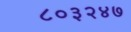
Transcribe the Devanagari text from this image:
८०३२४७